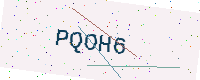
Text: PQOH6